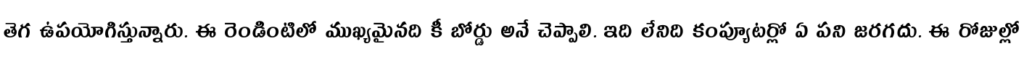
తెగ ఉపయోగిస్తున్నారు. ఈ రెండింటిలో ముఖ్యమైనది కీ బోర్డు అనే చెప్పాలి. ఇది లేనిది కంప్యూటర్లో ఏ పని జరగదు. ఈ రోజుల్లో